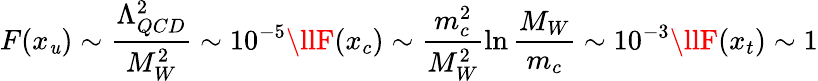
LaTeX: F(x_{\mathit{u}})\sim\frac{{\Lambda_{QCD}^{2}}}{{M_{W}^{2}}}\sim10^{-5}\llF(x_{c})\sim\frac{{m_{c}^{2}}}{{M_{W}^{2}}}\ln\frac{{M_{W}}}{{m_{c}}}\sim10^{-3}\llF(x_{t})\sim1